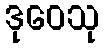
ဒုဝေသု